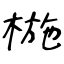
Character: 椸